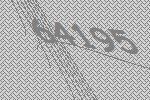
64195